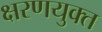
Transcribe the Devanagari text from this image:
क्षरणयुक्त